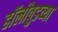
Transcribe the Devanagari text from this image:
हॉलीवुडच्या